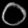
Digit: ၀